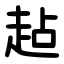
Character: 趈